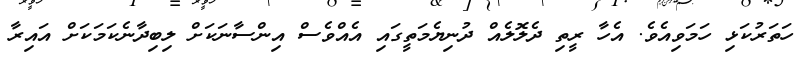
ހަތަރުކަޅި ހަމަވިއެވެ. އެހާ ރީތި ދެލޮލެއް ދުނިޔެމަތީގައި އެއްވެސް އިންސާނަކަށް ލިބިދާނެކަމަކަށް އައިރާ